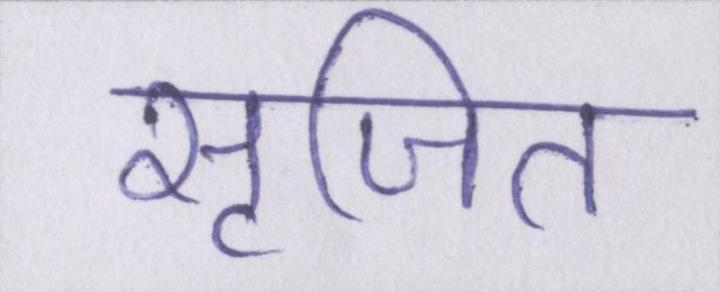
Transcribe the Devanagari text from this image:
सृजित